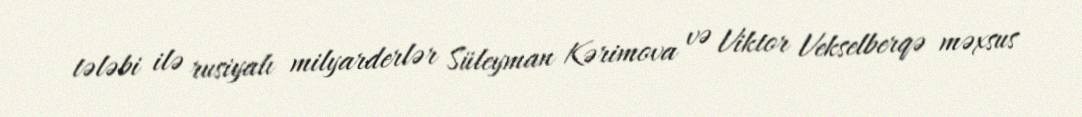
tələbi ilə rusiyalı milyarderlər Süleyman Kərimova və Viktor Vekselberqə məxsus